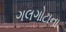
ગલગોટાના